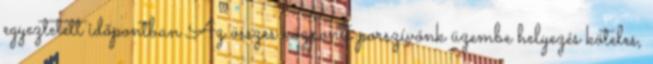
egyeztetett időpontban Az összes központi porszívónk üzembe helyezés köteles,